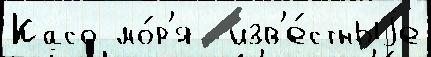
Касо мо́р'я  изв'е́стныjе